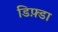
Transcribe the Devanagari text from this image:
डिफ़्डा